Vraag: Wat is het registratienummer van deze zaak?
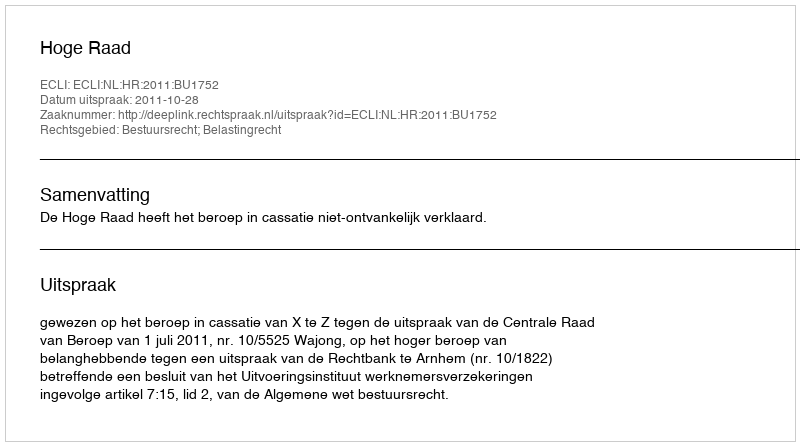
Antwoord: http://deeplink.rechtspraak.nl/uitspraak?id=ECLI:NL:HR:2011:BU1752